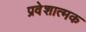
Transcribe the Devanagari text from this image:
प्रवेशात्मक